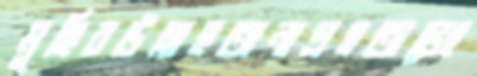
মুহিবউল্লাহঅনাগ্রহতাভেং